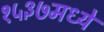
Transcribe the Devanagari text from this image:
१५३७मध्ये